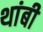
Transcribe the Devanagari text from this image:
थांबी